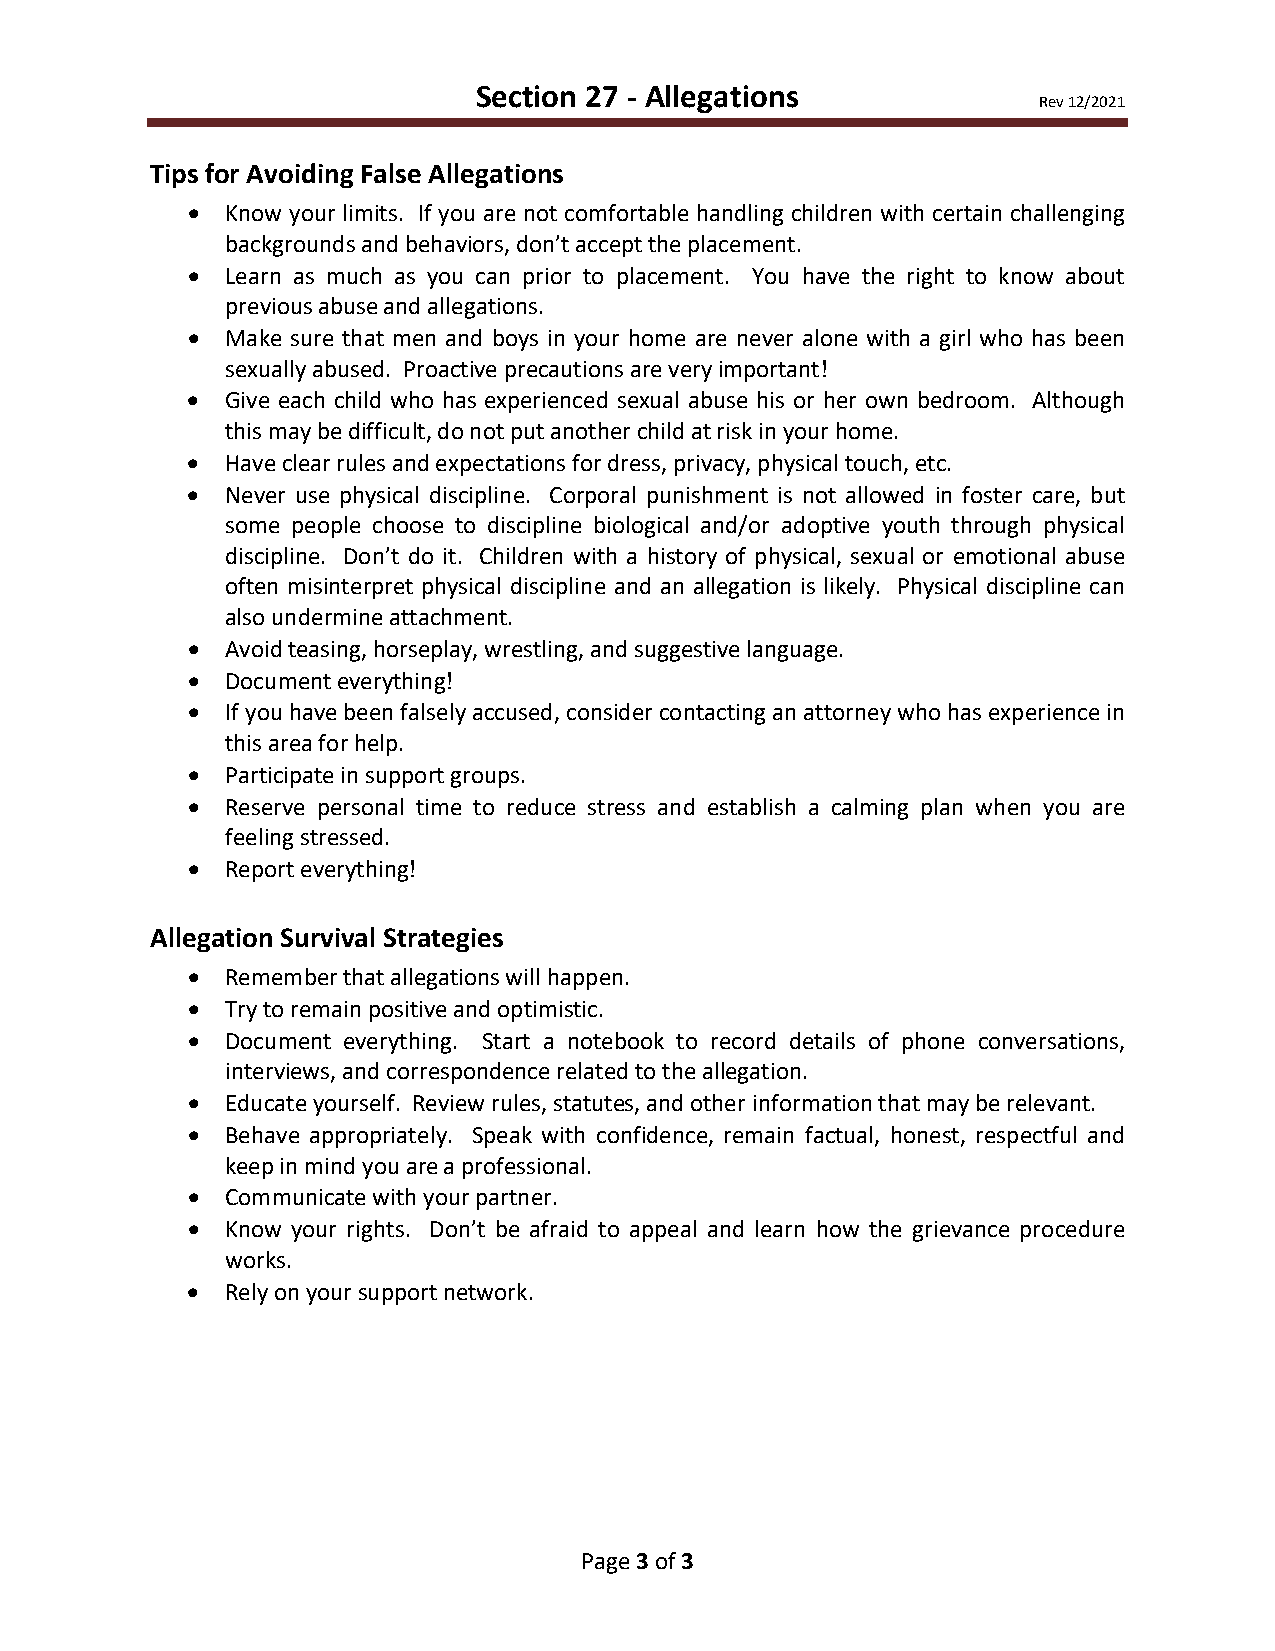
Section 27 - Allegations
 Rev 12/2021
 Tips for Avoiding False Allegations
 •  Know your limits. If you are not comfortable handling children with certain challenging
 backgrounds and behaviors, don’t accept the placement.
 •  Learn as much as you can prior to placement. You have the right to know about
 previous abuse and allegations.
 •  Make sure that men and boys in your home are never alone with a girl who has been
 sexually abused. Proactive precautions are very important!
 •  Give each child who has experienced sexual abuse his or her own bedroom. Although
 this may be difficult, do not put another child at risk in your home.
 •  Have clear rules and expectations for dress, privacy, physical touch, etc.
 •  Never use physical discipline. Corporal punishment is not allowed in foster care, but
 some people choose to discipline biological and/or adoptive youth through physical
 discipline. Don’t do it. Children with a history of physical, sexual or emotional abuse
 often misinterpret physical discipline and an allegation is likely. Physical discipline can
 also undermine attachment.
 •  Avoid teasing, horseplay, wrestling, and suggestive language.
 •  Document everything!
 •  If you have been falsely accused, consider contacting an attorney who has experience in
 this area for help.
 •  Participate in support groups.
 •  Reserve personal time to reduce stress and establish a calming plan when you are
 feeling stressed.
 •  Report everything!
 Allegation Survival Strategies
 •  Remember that allegations will happen.
 •  Try to remain positive and optimistic.
 •  Document everything. Start a notebook to record details of phone conversations,
 interviews, and correspondence related to the allegation.
 •  Educate yourself. Review rules, statutes, and other information that may be relevant.
 •  Behave appropriately. Speak with confidence, remain factual, honest, respectful and
 keep in mind you are a professional.
 •  Communicate with your partner.
 •  Know your rights. Don’t be afraid to appeal and learn how the grievance procedure
 works.
 •  Rely on your support network.
 Page 3 of 3